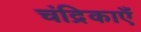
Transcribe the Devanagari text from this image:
चंद्रिकाएँ